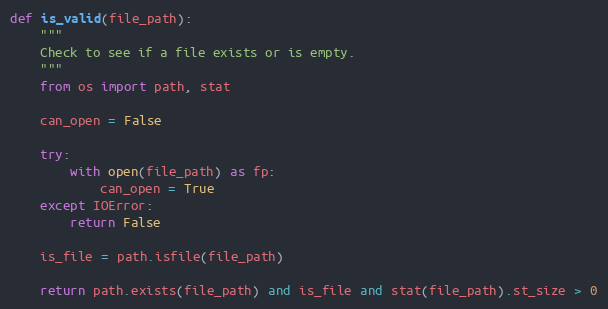
Language: Python
def is_valid(file_path):
    """
    Check to see if a file exists or is empty.
    """
    from os import path, stat

    can_open = False

    try:
        with open(file_path) as fp:
            can_open = True
    except IOError:
        return False

    is_file = path.isfile(file_path)

    return path.exists(file_path) and is_file and stat(file_path).st_size > 0